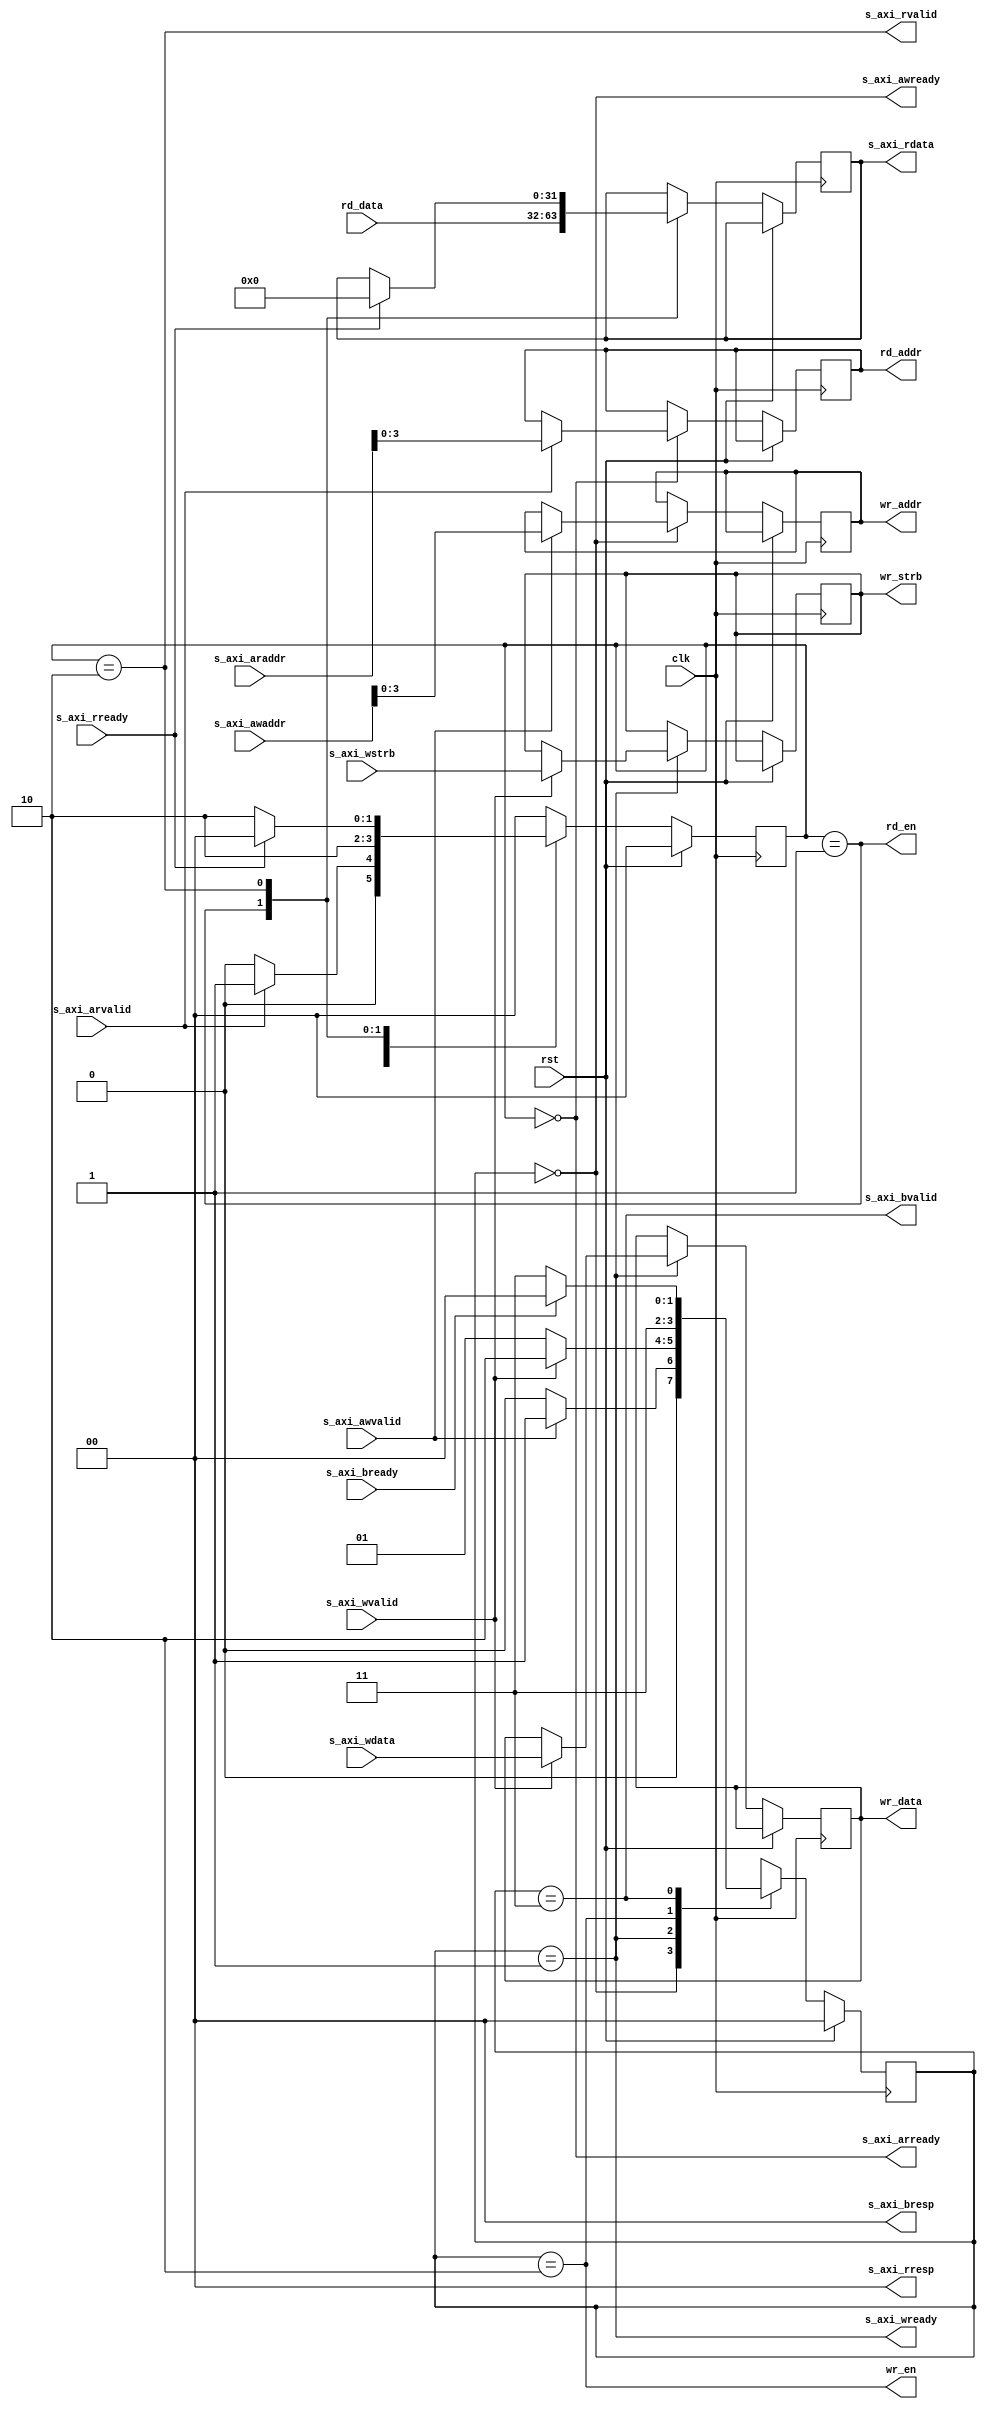
`timescale 1ns / 1ps
//////////////////////////////////////////////////////////////////////////////////
// Company: 
// Engineer: 
// 
// Design Name: 
// Module Name: axi4_lite_if
// Project Name: 
// Target Devices: 
// Tool Versions: 
// Description: 
// 
// Dependencies: 
// 
// Revision:
// Revision 0.01 - File Created
// Additional Comments:
// 
//////////////////////////////////////////////////////////////////////////////////


//******************************************************************************
//* AXI4-Lite interfsz.                                                       *
//******************************************************************************
module axi4_lite_if #(
    //A hasznlt cmbitek szma.
    parameter ADDR_BITS = 8
) (
    //rajel s reset.
    input  wire                 clk,            //Rendszerrajel
    input  wire                 rst,            //Aktv magas szinkron reset
    
    //AXI4-Lite rsi cm csatorna.
    input  wire [ADDR_BITS-1:0] s_axi_awaddr,
    input  wire                 s_axi_awvalid,
    output wire                 s_axi_awready,
    
    //AXI4-Lite rsi adat csatorna.
    input  wire [31:0]          s_axi_wdata,
    input  wire [3:0]           s_axi_wstrb,
    input  wire                 s_axi_wvalid,
    output wire                 s_axi_wready,
    
    //AXI4-Lite rsi vlasz csatorna.
    output wire [1:0]           s_axi_bresp,
    output wire                 s_axi_bvalid,
    input  wire                 s_axi_bready,
    
    //AXI4-Lite olvassi cm csatorna.
    input  wire [ADDR_BITS-1:0] s_axi_araddr,
    input  wire                 s_axi_arvalid,
    output wire                 s_axi_arready,
    
    //AXI4-Lite olvassi adat csatorna.
    output reg  [31:0]          s_axi_rdata,
    output wire [1:0]           s_axi_rresp,
    output wire                 s_axi_rvalid,
    input  wire                 s_axi_rready,
    
    //Regiszter rsi interfsz.
    output reg  [3:0]           wr_addr,        //rsi cm
    output wire                 wr_en,          //rs engedlyez jel
    output reg  [31:0]          wr_data,        //rsi adat
    output reg  [3:0]           wr_strb,        //Bjt engedlyez jelek
    
    //Regiszter olvassi interfsz.
    output reg  [3:0]           rd_addr,        //Olvassi cm
    output wire                 rd_en,          //Olvass engedlyez jel
    input  wire [31:0]          rd_data         //Olvassi adat
);

//******************************************************************************
//* rsi llapotgp.                                                          *
//******************************************************************************
localparam WR_ADDR_WAIT = 2'd0;
localparam WR_DATA_WAIT = 2'd1;
localparam WR_EXECUTE   = 2'd2;
localparam WR_RESPONSE  = 2'd3;

reg [1:0] wr_state;

always @(posedge clk)
begin
    if (rst)
        wr_state <= WR_ADDR_WAIT;
    else
        case (wr_state)
            //Vraozs az rsi cmre.
            WR_ADDR_WAIT: if (s_axi_awvalid)
                          begin
                             wr_addr  <= s_axi_awaddr[3:0];
                             wr_state <= WR_DATA_WAIT;
                          end
                          else
                             wr_state <= WR_ADDR_WAIT;
            
            //Vrakozs az rsi adatra.                
            WR_DATA_WAIT: if (s_axi_wvalid)
                          begin
                             wr_data  <= s_axi_wdata;
                             wr_strb  <= s_axi_wstrb;
                             wr_state <= WR_EXECUTE;
                          end
                          else
                             wr_state <= WR_DATA_WAIT;
            
            //Az rsi mvelet vgrehajtsa.
            WR_EXECUTE  : wr_state <= WR_RESPONSE;
            
            //A nyugtzs elkldse.
            WR_RESPONSE : if (s_axi_bready)
                             wr_state <= WR_ADDR_WAIT;
                          else
                             wr_state <= WR_RESPONSE;
        endcase
end

//Az rsi cm csatorna READY jelzsnek ellltsa.
assign s_axi_awready = (wr_state == WR_ADDR_WAIT);
//Az rsi adat csatorna READY jelzsnek ellltsa.
assign s_axi_wready  = (wr_state == WR_DATA_WAIT);
//Az rsi vlasz csatorna VALID jelzsnek ellltsa.
assign s_axi_bvalid  = (wr_state == WR_RESPONSE);
//Mindog OKAY (00) nyugtt kldnk.
assign s_axi_bresp   = 2'b00;

//A regiszerek rs engedlyez jelnek ellltsa.
assign wr_en = (wr_state == WR_EXECUTE);


//******************************************************************************
//* Olvassi llapotgp.                                                       *
//******************************************************************************
localparam RD_ADDR_WAIT = 2'd0;
localparam RD_EXECUTE   = 2'd1;
localparam RD_SEND_DATA = 2'd2;

reg [1:0] rd_state;

always @(posedge clk)
begin
    if (rst)
        rd_state <= RD_ADDR_WAIT;
    else
        case (rd_state)
            //Vraozs az olvassi cmre.
            RD_ADDR_WAIT: if (s_axi_arvalid)
                          begin
                             rd_addr  <= s_axi_araddr[3:0];
                             rd_state <= RD_EXECUTE;
                          end
                          else
                             rd_state <= RD_ADDR_WAIT;
            
            //Az olvassi mvelet vgrehajtsa.
            RD_EXECUTE  : begin
                             s_axi_rdata <= rd_data;
                             rd_state <= RD_SEND_DATA;
                          end
            
            //A beolvasott adat elkldse.
            RD_SEND_DATA: if (s_axi_rready)
                          begin
                             s_axi_rdata <= 32'd0;
                             rd_state <= RD_ADDR_WAIT;
                          end
                          else
                             rd_state <= RD_SEND_DATA;
            
            //rvnytelen llapotok.
            default     : rd_state <= RD_ADDR_WAIT;
        endcase
end

//Az olvassi cm csatorna READY jelzsnek ellltsa.
assign s_axi_arready = (rd_state == RD_ADDR_WAIT);
//Az olvassi adat csatorna VALID jelzsnek ellltsa.
assign s_axi_rvalid  = (rd_state == RD_SEND_DATA);
//Mindog OKAY (00) nyugtt kldnk.
assign s_axi_rresp   = 2'b00;

//A regiszerek olvass engedlyez jelnek ellltsa.
assign rd_en = (rd_state == RD_EXECUTE);

endmodule

`default_nettype wire